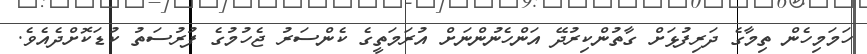
ހަމަމިހެން ތިމާގެ ދަރިފުޅަށް ގާތުންކިރުދޭ އަންހެނުންނަށް އުރަމަތީގެ ކެންސަރު ޖެހުމުގެ ފުރުސަތު ކުޑަކޮށްދެއެވެ.